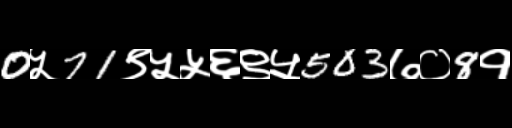
Text: 0५71९५५६९५503७०8१